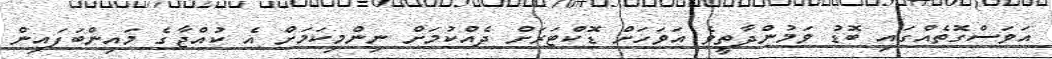
އަވަސްގޮތެއްގައި ބޮޑު ވަމުންދާތީވެ އަވަހަށް ޑޮކްޓަރަށް ދެއްކުމަށް ނިންމިކަމަށް އެ ކުއްޖާގެ މައިންބަފައިން